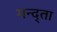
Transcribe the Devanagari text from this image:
मन्द्ता